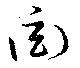
衒